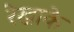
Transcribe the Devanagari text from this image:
रेखाके